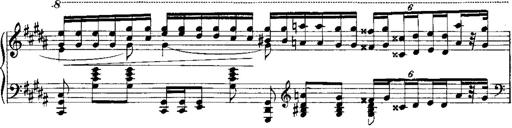
Title: RÃ©miniscences de Norma de Bellini
Composer: Franz Liszt